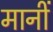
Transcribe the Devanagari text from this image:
मानीं